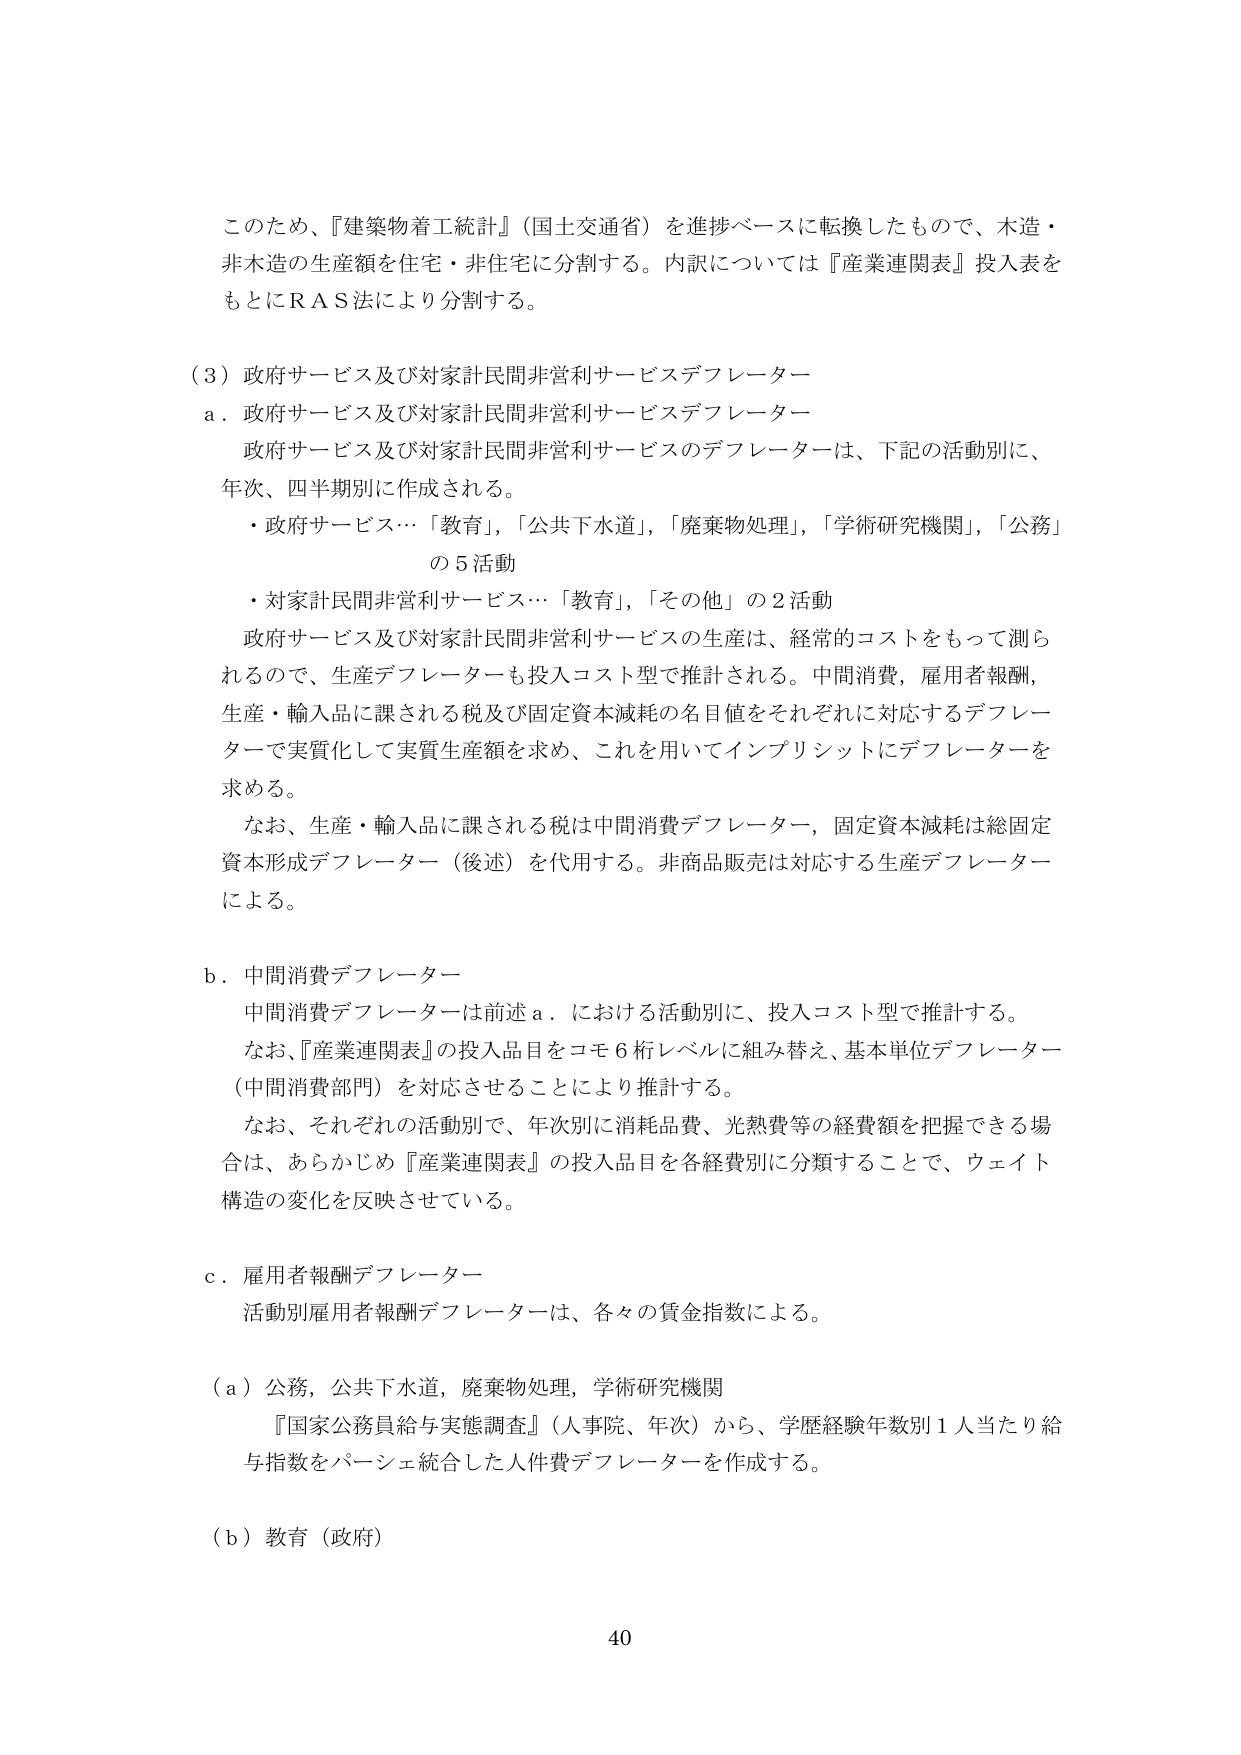
このため、『建築物着工統計』（国土交通省）を進捗ベースに転換したもので、木造・非木造の生産額を住宅・非住宅に分割する。内訳については『産業連関表』投入表をもとにＲＡＳ法により分割する。

（３）政府サービス及び対家計民間非営利サービスデフレーター
ａ．政府サービス及び対家計民間非営利サービスデフレーター
　政府サービス及び対家計民間非営利サービスのデフレーターは、下記の活動別に、年次、四半期別に作成される。
　・政府サービス…「教育」、「公共下水道」、「廃棄物処理」、「学術研究機関」、「公務」の５活動
　・対家計民間非営利サービス…「教育」、「その他」の２活動
　政府サービス及び対家計民間非営利サービスの生産は、経常的コストをもって測られるので、生産デフレーターも投入コスト型で推計される。中間消費、雇用者報酬、生産・輸入品に課される税及び固定資本減耗の名目値をそれぞれに対応するデフレーターで実質化して実質生産額を求め、これを用いてインプリシットにデフレーターを求める。
　なお、生産・輸入品に課される税は中間消費デフレーター、固定資本減耗は総固定資本形成デフレーター（後述）を代用する。非商品販売は対応する生産デフレーターによる。

ｂ．中間消費デフレーター
　中間消費デフレーターは前述ａ．における活動別に、投入コスト型で推計する。
　なお、『産業連関表』の投入品目をコモ６桁レベルに組み替え、基本単位デフレーター（中間消費部門）を対応させることにより推計する。
　なお、それぞれの活動別で、年次別に消耗品費、光熱費等の経費額を把握できる場合は、あらかじめ『産業連関表』の投入品目を各経費別に分類することで、ウェイト構造の変化を反映させている。

ｃ．雇用者報酬デフレーター
　活動別雇用者報酬デフレーターは、各々の賃金指数による。

（ａ）公務，公共下水道，廃棄物処理，学術研究機関
　『国家公務員給与実態調査』（人事院、年次）から、学歴経験年数別１人当たり給与指数をパーシェ統合した人件費デフレーターを作成する。

（ｂ）教育（政府）

40